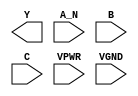
/**
 * Copyright 2020 The SkyWater PDK Authors
 *
 * Licensed under the Apache License, Version 2.0 (the "License");
 * you may not use this file except in compliance with the License.
 * You may obtain a copy of the License at
 *
 *     https://www.apache.org/licenses/LICENSE-2.0
 *
 * Unless required by applicable law or agreed to in writing, software
 * distributed under the License is distributed on an "AS IS" BASIS,
 * WITHOUT WARRANTIES OR CONDITIONS OF ANY KIND, either express or implied.
 * See the License for the specific language governing permissions and
 * limitations under the License.
 *
 * SPDX-License-Identifier: Apache-2.0
 */

`ifndef SKY130_FD_SC_HS__NAND3B_PP_BLACKBOX_V
`define SKY130_FD_SC_HS__NAND3B_PP_BLACKBOX_V

/**
 * nand3b: 3-input NAND, first input inverted.
 *
 * Verilog stub definition (black box with power pins).
 *
 * WARNING: This file is autogenerated, do not modify directly!
 */

`timescale 1ns / 1ps
`default_nettype none

(* blackbox *)
module sky130_fd_sc_hs__nand3b (
    Y   ,
    A_N ,
    B   ,
    C   ,
    VPWR,
    VGND
);

    output Y   ;
    input  A_N ;
    input  B   ;
    input  C   ;
    input  VPWR;
    input  VGND;
endmodule

`default_nettype wire
`endif  // SKY130_FD_SC_HS__NAND3B_PP_BLACKBOX_V